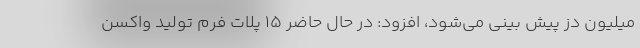
میلیون دُز پیش بینی می‌شود، افزود: در حال حاضر ۱۵ پلات فرم تولید واکسن